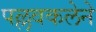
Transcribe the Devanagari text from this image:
पल्लवकलेने